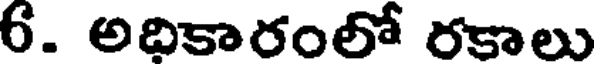
6. అదికారంలో రకాలు